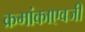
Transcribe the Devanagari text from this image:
क्रमांकाएवजी